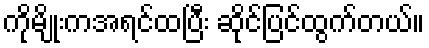
ကိုမျိုးကအရင်ထပြီး ဆိုင်ပြင်ထွက်တယ်။